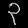
Digit: ၃